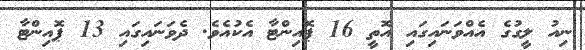
ނިއު ލީގުގެ އެއްވަނައިގައި އޮތީ 16 ޕޮއިންޓާ އެކުއެވެ. ދެވަނައިގައި 13 ޕޮއިންޓާ